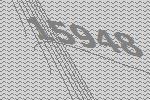
15948